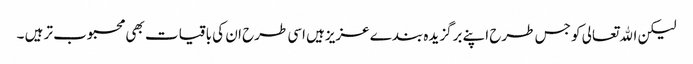
لیکن اﷲتعالی کو جس طرح اپنے برگزیدہ بندے عزیزہیں اسی طرح ان کی باقیات بھی محبوب تر ہیں ۔